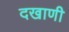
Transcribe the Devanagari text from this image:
दखाणी